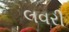
લવરી